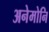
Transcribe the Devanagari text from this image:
अनेमोनि